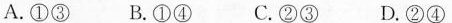
A.①③ B.①④ C.②③ D.②④